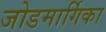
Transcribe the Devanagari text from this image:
जोडमार्गिका